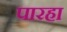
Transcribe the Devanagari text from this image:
पारहा